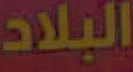
البلاد